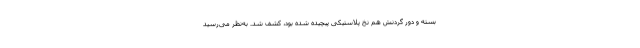
بسته و دور گردنش هم نخ پلاستیکی پیچیده شده بود، کشف شد. به‌نظر می‌رسید